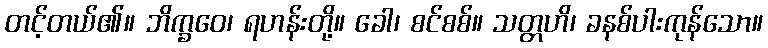
တင့်တယ်၏။ ဘိက္ခဝေ၊ ရဟန်းတို့။ ခေါ၊ စင်စစ်။ သတ္တဟိ၊ ခနစ်ပါးကုန်သော။